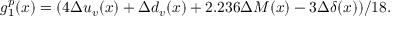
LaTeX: g _ { 1 } ^ { p } ( x ) = ( 4 \Delta u _ { v } ( x ) + \Delta d _ { v } ( x ) + 2 . 2 3 6 \Delta M ( x ) - 3 \Delta \delta ( x ) ) / 1 8 .